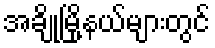
အချို့မြို့နယ်များတွင်